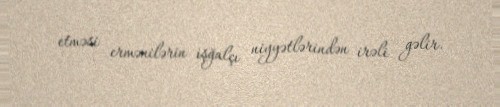
etməsi ermənilərin işğalçı niyyətlərindən irəli gəlir.